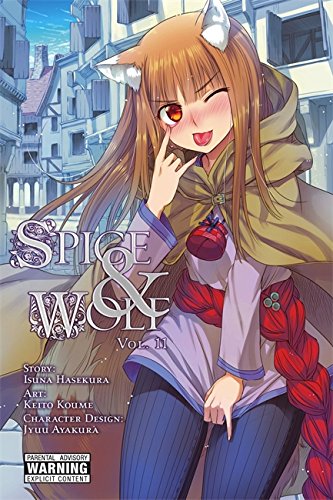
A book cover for Spice and Wolf, Vol. 11 (manga) (Spice and Wolf (manga)); Isuna Hasekura; Comics & Graphic Novels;